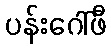
ပန်းဂေါ်ဖီ